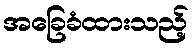
အခြေခံထားသည့်